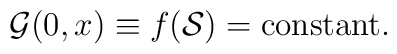
{\cal G}(0,x) \equiv f({\cal S})=\mbox{constant}.